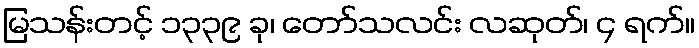
မြသန်းတင့် ၁၃၃၉ ခု၊ တော်သလင်း လဆုတ်၊ ၄ ရက်။